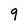
Character: 9